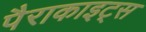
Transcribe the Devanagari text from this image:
पैराकाइट्स